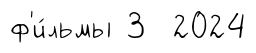
ф'и́льмы 3 2024